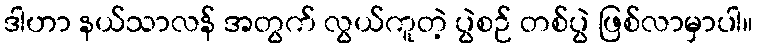
ဒါဟာ နယ်သာလန် အတွက် လွယ်ကူတဲ့ ပွဲစဉ် တစ်ပွဲ ဖြစ်လာမှာပါ။